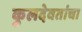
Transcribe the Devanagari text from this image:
कुलदेवतांचा